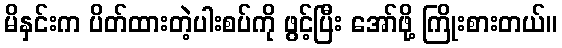
မိနှင်းက ပိတ်ထားတဲ့ပါးစပ်ကို ဖွင့်ပြီး အော်ဖို့ ကြိုးစားတယ်။